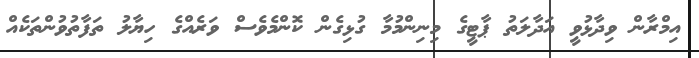
އިމްރާން ވިދާޅުވީ އަދާލަތު ޕާޓީގެ މިނިންމުމާ ގުޅިގެން ކޮންމެވެސް ވަރެއްގެ ހިޔާލު ތަފާތުވުންތަކެއް